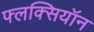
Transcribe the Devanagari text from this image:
फ्लक्सियॉन